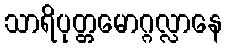
သာရိပုတ္တမောဂ္ဂလ္လာနေ